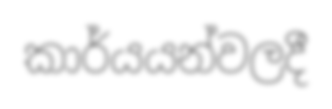
කාර්යයන්වලදී